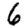
Digit: 6